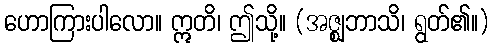
ဟောကြားပါလော။ ဣတိ၊ ဤသို့။ (အဇ္ဈဘာသိ၊ ရွတ်၏။)